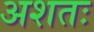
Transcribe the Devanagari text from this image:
अशतः